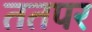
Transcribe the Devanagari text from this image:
ततपर